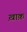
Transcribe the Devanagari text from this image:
ख़ाक़